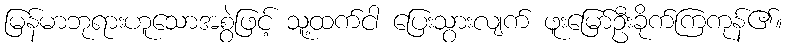
မြန်မာဘုရားဟူသောအစွဲဖြင့် သူ့ထက်ငါ ပြေးသွားလျက် ဖူးမြော်ဦးခိုက်ကြကုန်၏။